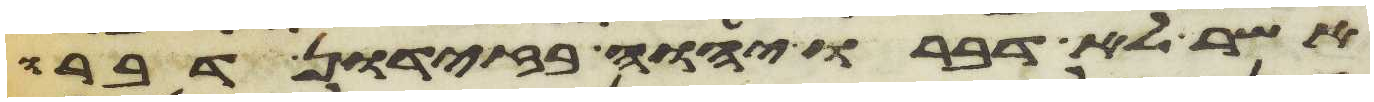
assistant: אשר לא דברו יהוה בזדון דברו